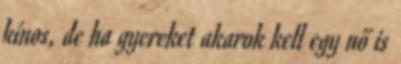
kínos, de ha gyereket akarok kell egy nő is